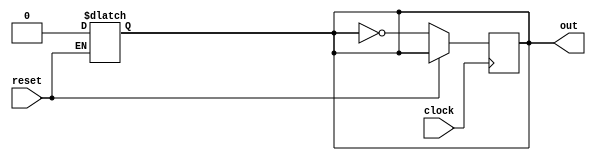
module single_counter(out, clock, reset);
input clock, reset;
output out;
reg out;
always @(reset)
	if(reset == 1) out = 0;

always @(posedge clock)
	if(reset == 0) out = ~out;
endmodule